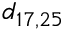
d _ { 1 7 , 2 5 }